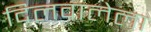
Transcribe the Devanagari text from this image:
दिलवालेला